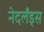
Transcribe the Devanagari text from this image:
नेदलँड्स